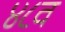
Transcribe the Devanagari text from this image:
४८व